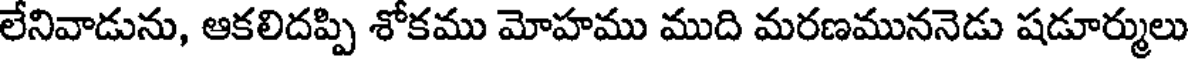
లేనివాడును, ఆకలిదప్పి శోకము మోహము ముది మరణముననెడు షడూర్ములు